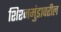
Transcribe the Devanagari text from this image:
शिश्नमुंडावरील